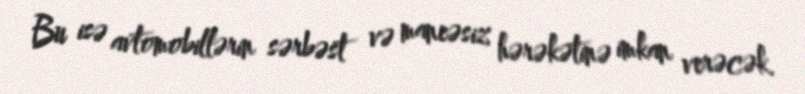
Bu isə avtomobillərin sərbəst və maneəsiz hərəkətinə imkan verəcək.